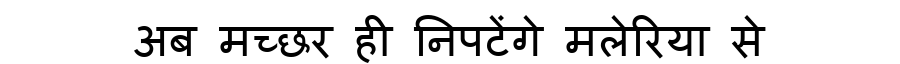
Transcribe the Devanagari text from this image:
अब मच्छर ही निपटेंगे मलेरिया से